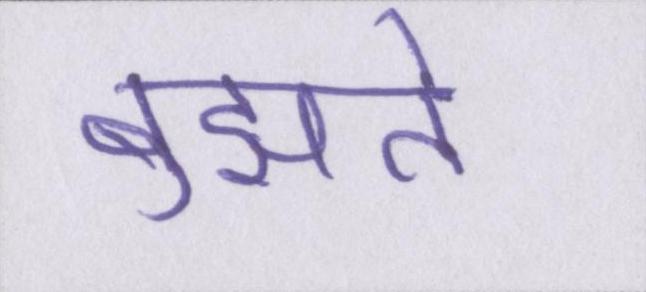
बुझते